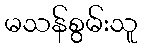
မသန်စွမ်းသူ